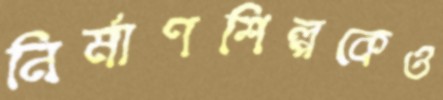
নির্মাণশিল্পকেও